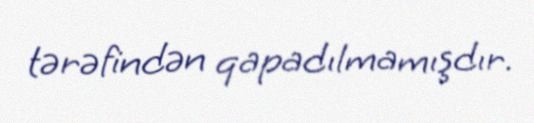
tərəfindən qapadılmamışdır.